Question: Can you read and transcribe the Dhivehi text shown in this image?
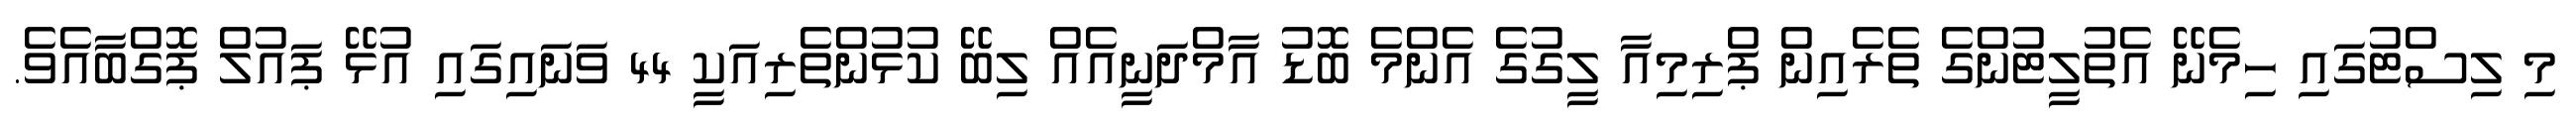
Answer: މި ލިސްޓުގައި ހިމެނޭ އެތުލީޓުންގެ ތެރެއިން ޕްރިމިއާ ލީގުގެ އެންމެ ބޮޑު އާމްދަނީއެއް ލިބޭ ކުޅުންތެރިއަކީ 44 ވަނައިގައި އުޅޭ ޕައުލް ޕޮގްބާއެވެ.